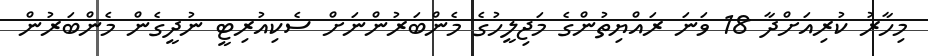
މިހާރު ކުރިއަށްދާ 18 ވަނަ ރައްޔިތުންގެ މަޖިލީހުގެ މެންބަރުންނަށް ސެކިއުރިޓީ ނުދީގެން މެންބަރުން